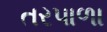
તરપાળા